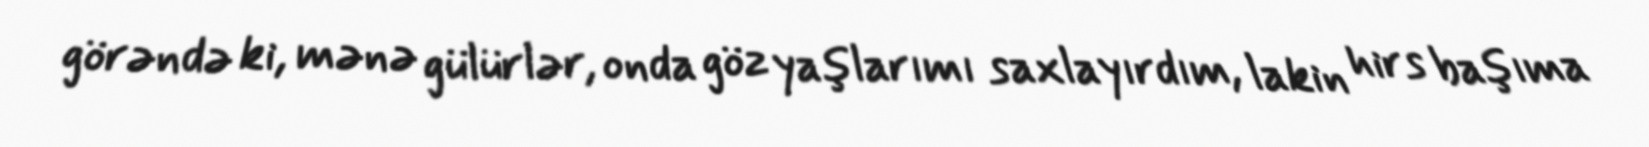
görəndə ki, mənə gülürlər, onda göz yaşlarımı saxlayırdım, lakin hirs başıma